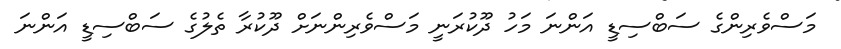
މަސްވެރިންގެ ސަބްސިޑީ އަންނަ މަހު ދޫކުރަނީ މަސްވެރިންނަށް ދޫކުރާ ތެލުގެ ސަބްސިޑީ އަންނަ